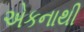
એકનાથી